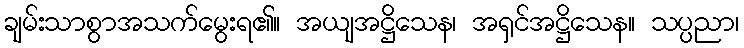
ချမ်းသာစွာအသက်မွေးရ၏။ အယျအဋ္ဌိသေန၊ အရှင်အဋ္ဌိသေန။ သပ္ပညာ၊